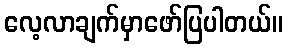
လေ့လာချက်မှာဖော်ပြပါတယ်။